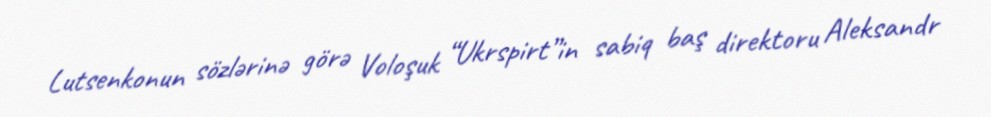
Lutsenkonun sözlərinə görə Voloşuk “Ukrspirt”in sabiq baş direktoru Aleksandr